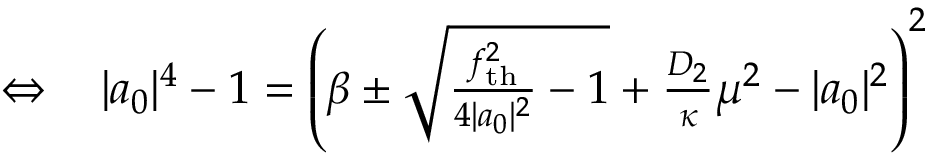
\begin{array} { r l } { \Leftrightarrow \, } & { { } | a _ { 0 } | ^ { 4 } - 1 = \left( \beta \pm \sqrt { \frac { f _ { \mathrm { t h } } ^ { 2 } } { 4 | a _ { 0 } | ^ { 2 } } - 1 } + \frac { D _ { 2 } } { \kappa } \mu ^ { 2 } - | a _ { 0 } | ^ { 2 } \right) ^ { 2 } } \end{array}